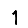
Digit: 1